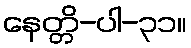
နေတ္တိ-ပါ-၃၁။